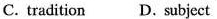
C. tradition D. Subject